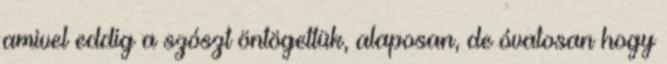
amivel eddig a szószt öntögettük, alaposan, de óvatosan hogy